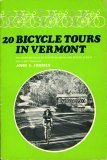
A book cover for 20 Bicycle Tours in Vermont: Including Eight-hundred Miles of Sights, Delights, & Special Events for Every Traveler; John S. Freidin; Travel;